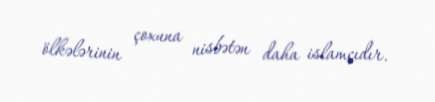
ölkələrinin çoxuna nisbətən daha islamçıdır.